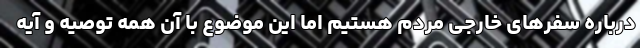
درباره سفرهای خارجی مردم هستیم اما این موضوع با آن همه توصیه و آیه